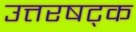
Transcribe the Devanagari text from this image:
उत्तरषट्क